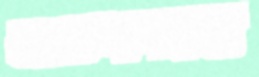
আতশপরস্ত